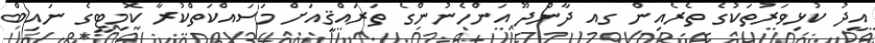
އީދު ކުޅިވަރުތަކުގެ ތެރެއިން ގއ ދާންދޫ އަންހެނުންގެ ތަރައްޤީއަށް މަސައްކަތްކުރާ ކޮމިޓީގެ ނައިބް